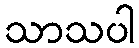
သာသပါ